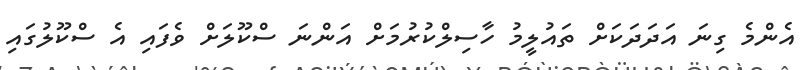
އެންމެ ގިނަ އަދަދަކަށް ތައުލީމު ހާސިލްކުރުމަށް އަންނަ ސްކޫލަށް ވެފައި އެ ސްކޫލުގައި